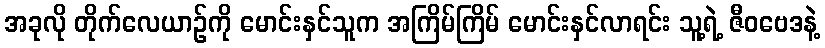
အခုလို တိုက်လေယာဉ်ကို မောင်းနှင်သူက အကြိမ်ကြိမ် မောင်းနှင်လာရင်း သူ့ရဲ့ ဇီဝဗေဒနဲ့